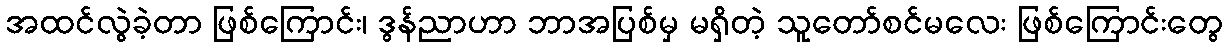
အထင်လွဲခဲ့တာ ဖြစ်ကြောင်း၊ ဒွန်ညာဟာ ဘာအပြစ်မှ မရှိတဲ့ သူတော်စင်မလေး ဖြစ်ကြောင်းတွေ